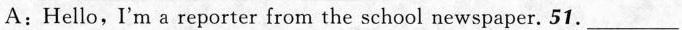
A:Hello, I'm a reporter from the school newspaper. 51.___